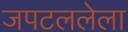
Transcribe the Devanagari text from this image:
जपटललेला